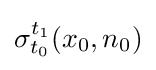
\sigma _{t_{0}}^{t_{1}}(x_{0},n_{0})